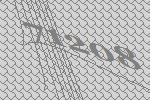
71208